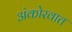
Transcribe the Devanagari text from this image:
अंकोरवात